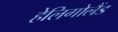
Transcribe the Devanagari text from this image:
हेलिगोलैंड